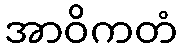
အာဝိကတံ